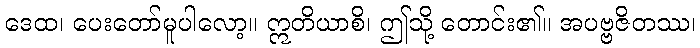
ဒေထ၊ ပေးတော်မူပါလော့။ ဣတိယာစိ၊ ဤသို့ တောင်း၏။ အပဗ္ဗဇိတဿ၊